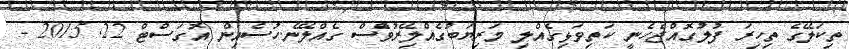
ތިކަލޭގެ ތިހިރަ ފުލުގޮއްޖެހެނީ ކަތިވަޅިގެއްލި މަރިޔަބުގެއްލޭިރުވެްސް ގެއްލޭނެ.ހުސެއިން އޮގަސްޓް 22